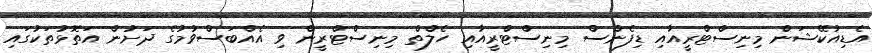
އެޑިއުކޭޝަން މިނިސްޓްރީއާއި ޑިފެންސް މިނިސްޓްރީއާއި ހެލްތް މިނިސްޓްރީން ވި އެއްބަސްވުމުގެ ދަށުން އަތޮޅުތަކުގައި